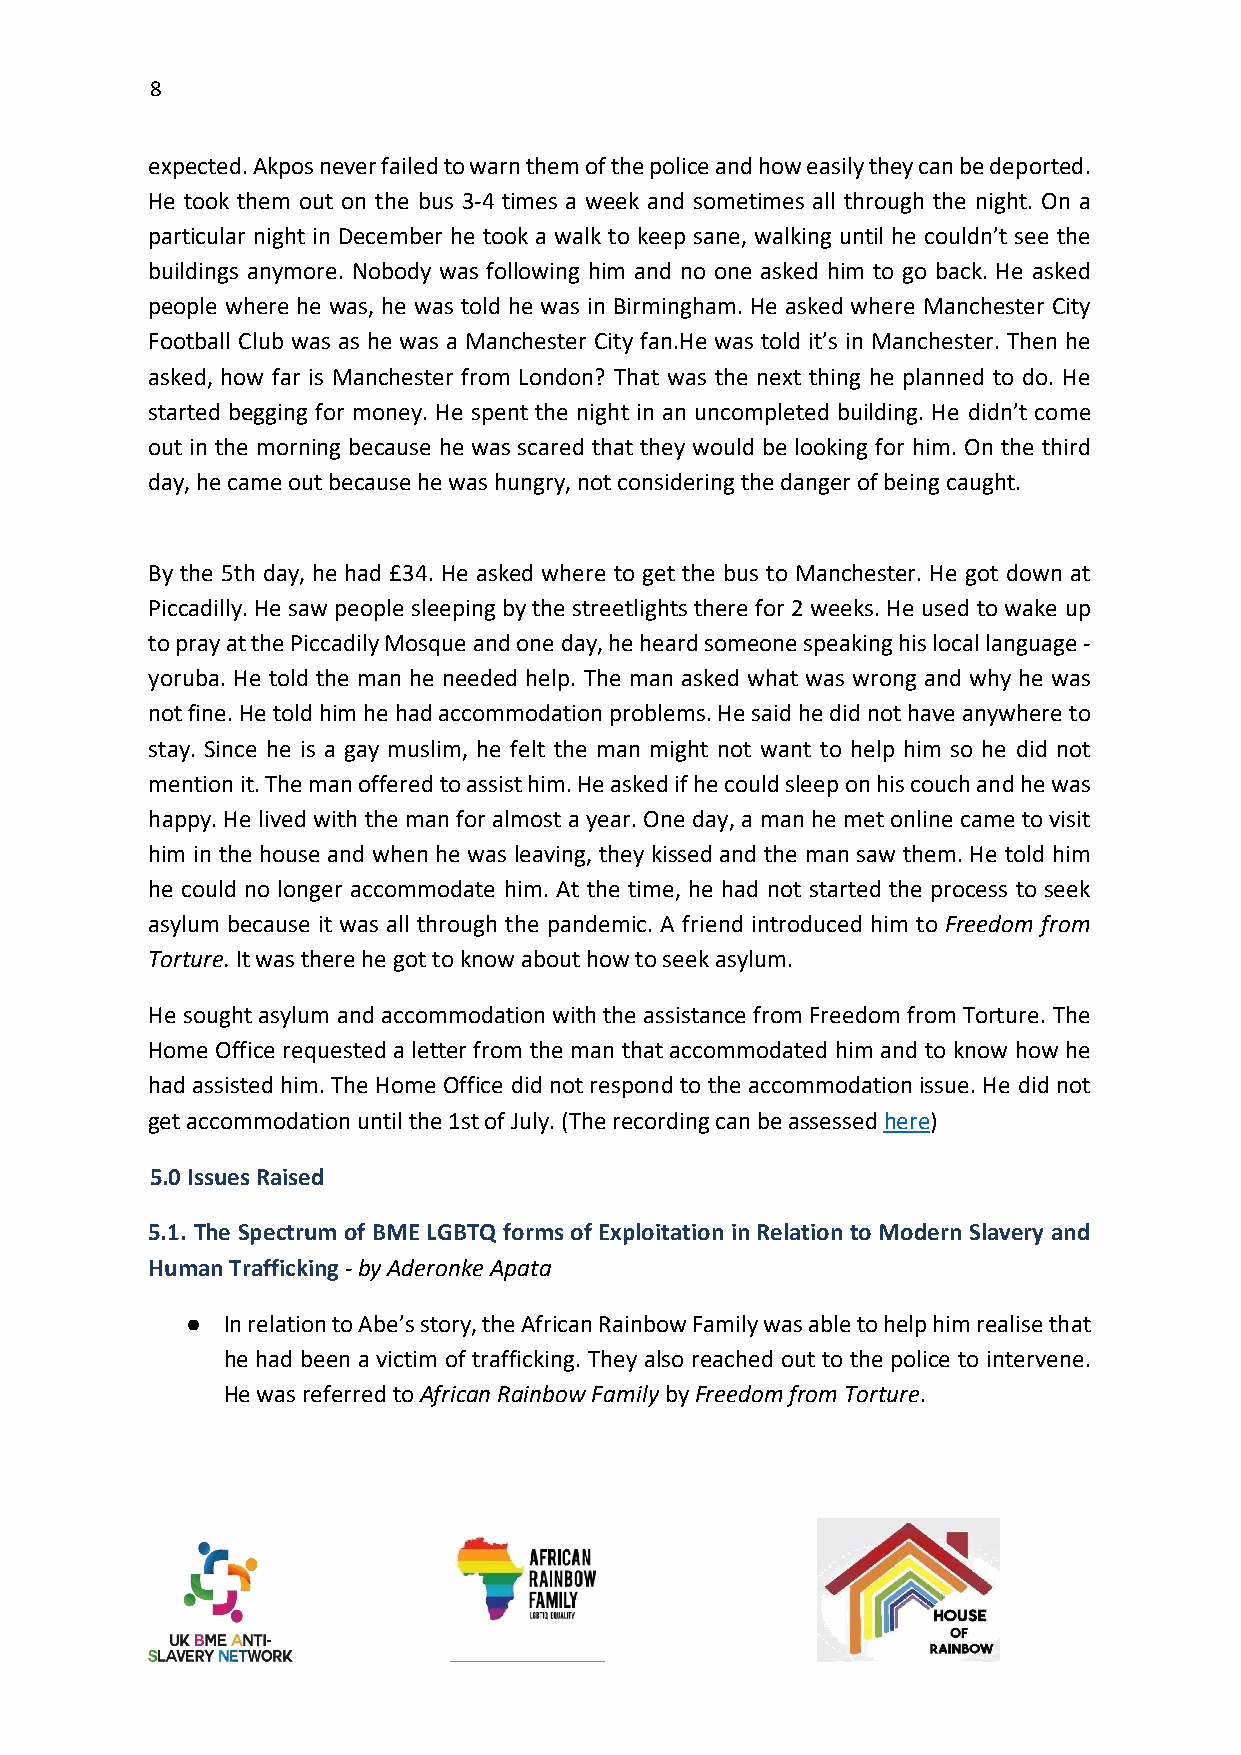
8
 expected. Akpos never failed to warn them of the police and how easily they can be deported.
 He took them out on the bus 3-4 times a week and sometimes all through the night. On a
 particular night in December he took a walk to keep sane, walking until he couldn’t see the
 buildings anymore. Nobody was following him and no one asked him to go back. He asked
 people where he was, he was told he was in Birmingham. He asked where Manchester City
 Football Club was as he was a Manchester City fan.He was told it’s in Manchester. Then he
 asked, how far is Manchester from London? That was the next thing he planned to do. He
 started begging for money. He spent the night in an uncompleted building. He didn’t come
 out in the morning because he was scared that they would be looking for him. On the third
 day, he came out because he was hungry, not considering the danger of being caught.
 By the 5th day, he had £34. He asked where to get the bus to Manchester. He got down at
 Piccadilly. He saw people sleeping by the streetlights there for 2 weeks. He used to wake up
 to pray at the Piccadily Mosque and one day, he heard someone speaking his local language -
 yoruba. He told the man he needed help. The man asked what was wrong and why he was
 not fine. He told him he had accommodation problems. He said he did not have anywhere to
 stay. Since he is a gay muslim, he felt the man might not want to help him so he did not
 mention it. The man offered to assist him. He asked if he could sleep on his couch and he was
 happy. He lived with the man for almost a year. One day, a man he met online came to visit
 him in the house and when he was leaving, they kissed and the man saw them. He told him
 he could no longer accommodate him. At the time, he had not started the process to seek
 asylum because it was all through the pandemic. A friend introduced him to Freedom from
 Torture. It was there he got to know about how to seek asylum.
 He sought asylum and accommodation with the assistance from Freedom from Torture. The
 Home Office requested a letter from the man that accommodated him and to know how he
 had assisted him. The Home Office did not respond to the accommodation issue. He did not
 get accommodation until the 1st of July. (The recording can be assessed here)
 5.0 Issues Raised
 5.1. The Spectrum of BME LGBTQ forms of Exploitation in Relation to Modern Slavery and
 Human Trafficking - by Aderonke Apata
 ●  In relation to Abe’s story, the African Rainbow Family was able to help him realise that
 he had been a victim of trafficking. They also reached out to the police to intervene.
 He was referred to African Rainbow Family by Freedom from Torture.